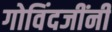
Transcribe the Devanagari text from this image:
गोविंदजींनी